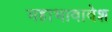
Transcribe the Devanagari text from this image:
महाभावावेश